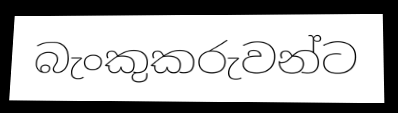
බැංකුකරුවන්ට